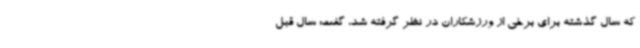
که سال گذشته برای برخی از ورزشکاران در نظر گرفته شد، گفت: سال قبل